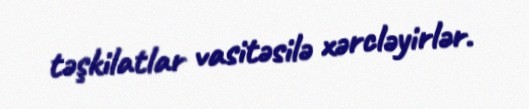
təşkilatlar vasitəsilə xərcləyirlər.